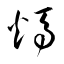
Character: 燭